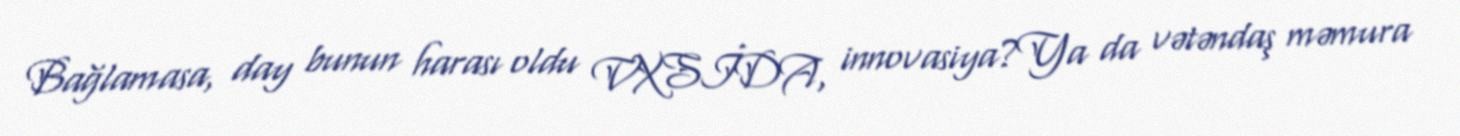
Bağlamasa, day bunun harası oldu VXSİDA, innovasiya?Ya da vətəndaş məmura